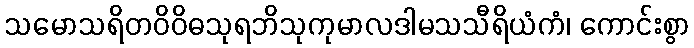
သမောသရိတဝိဝိဓသုရဘိသုကုမာလဒါမသသီရိယံကံ၊ ကောင်းစွာ